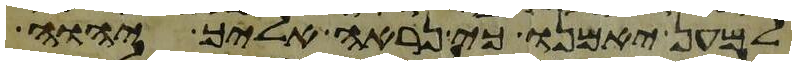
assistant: למען יאמנו כי נראה אליך יהוה